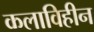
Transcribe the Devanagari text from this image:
कलाविहीन